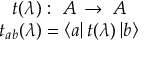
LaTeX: \begin{array} { c } { { t ( \lambda ) : \; { \cal A } \: \rightarrow \: { \cal A } } } \\ { { t _ { a b } ( \lambda ) = \left\langle a \right| t ( \lambda ) \left| b \right\rangle } } \end{array}